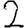
Digit: 2